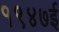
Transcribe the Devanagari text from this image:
१९४७ई